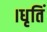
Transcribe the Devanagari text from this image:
।धृतिं